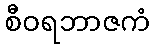
စီဝရဘာဇကံ